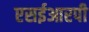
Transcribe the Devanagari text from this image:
एसईआरपी